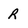
Character: R